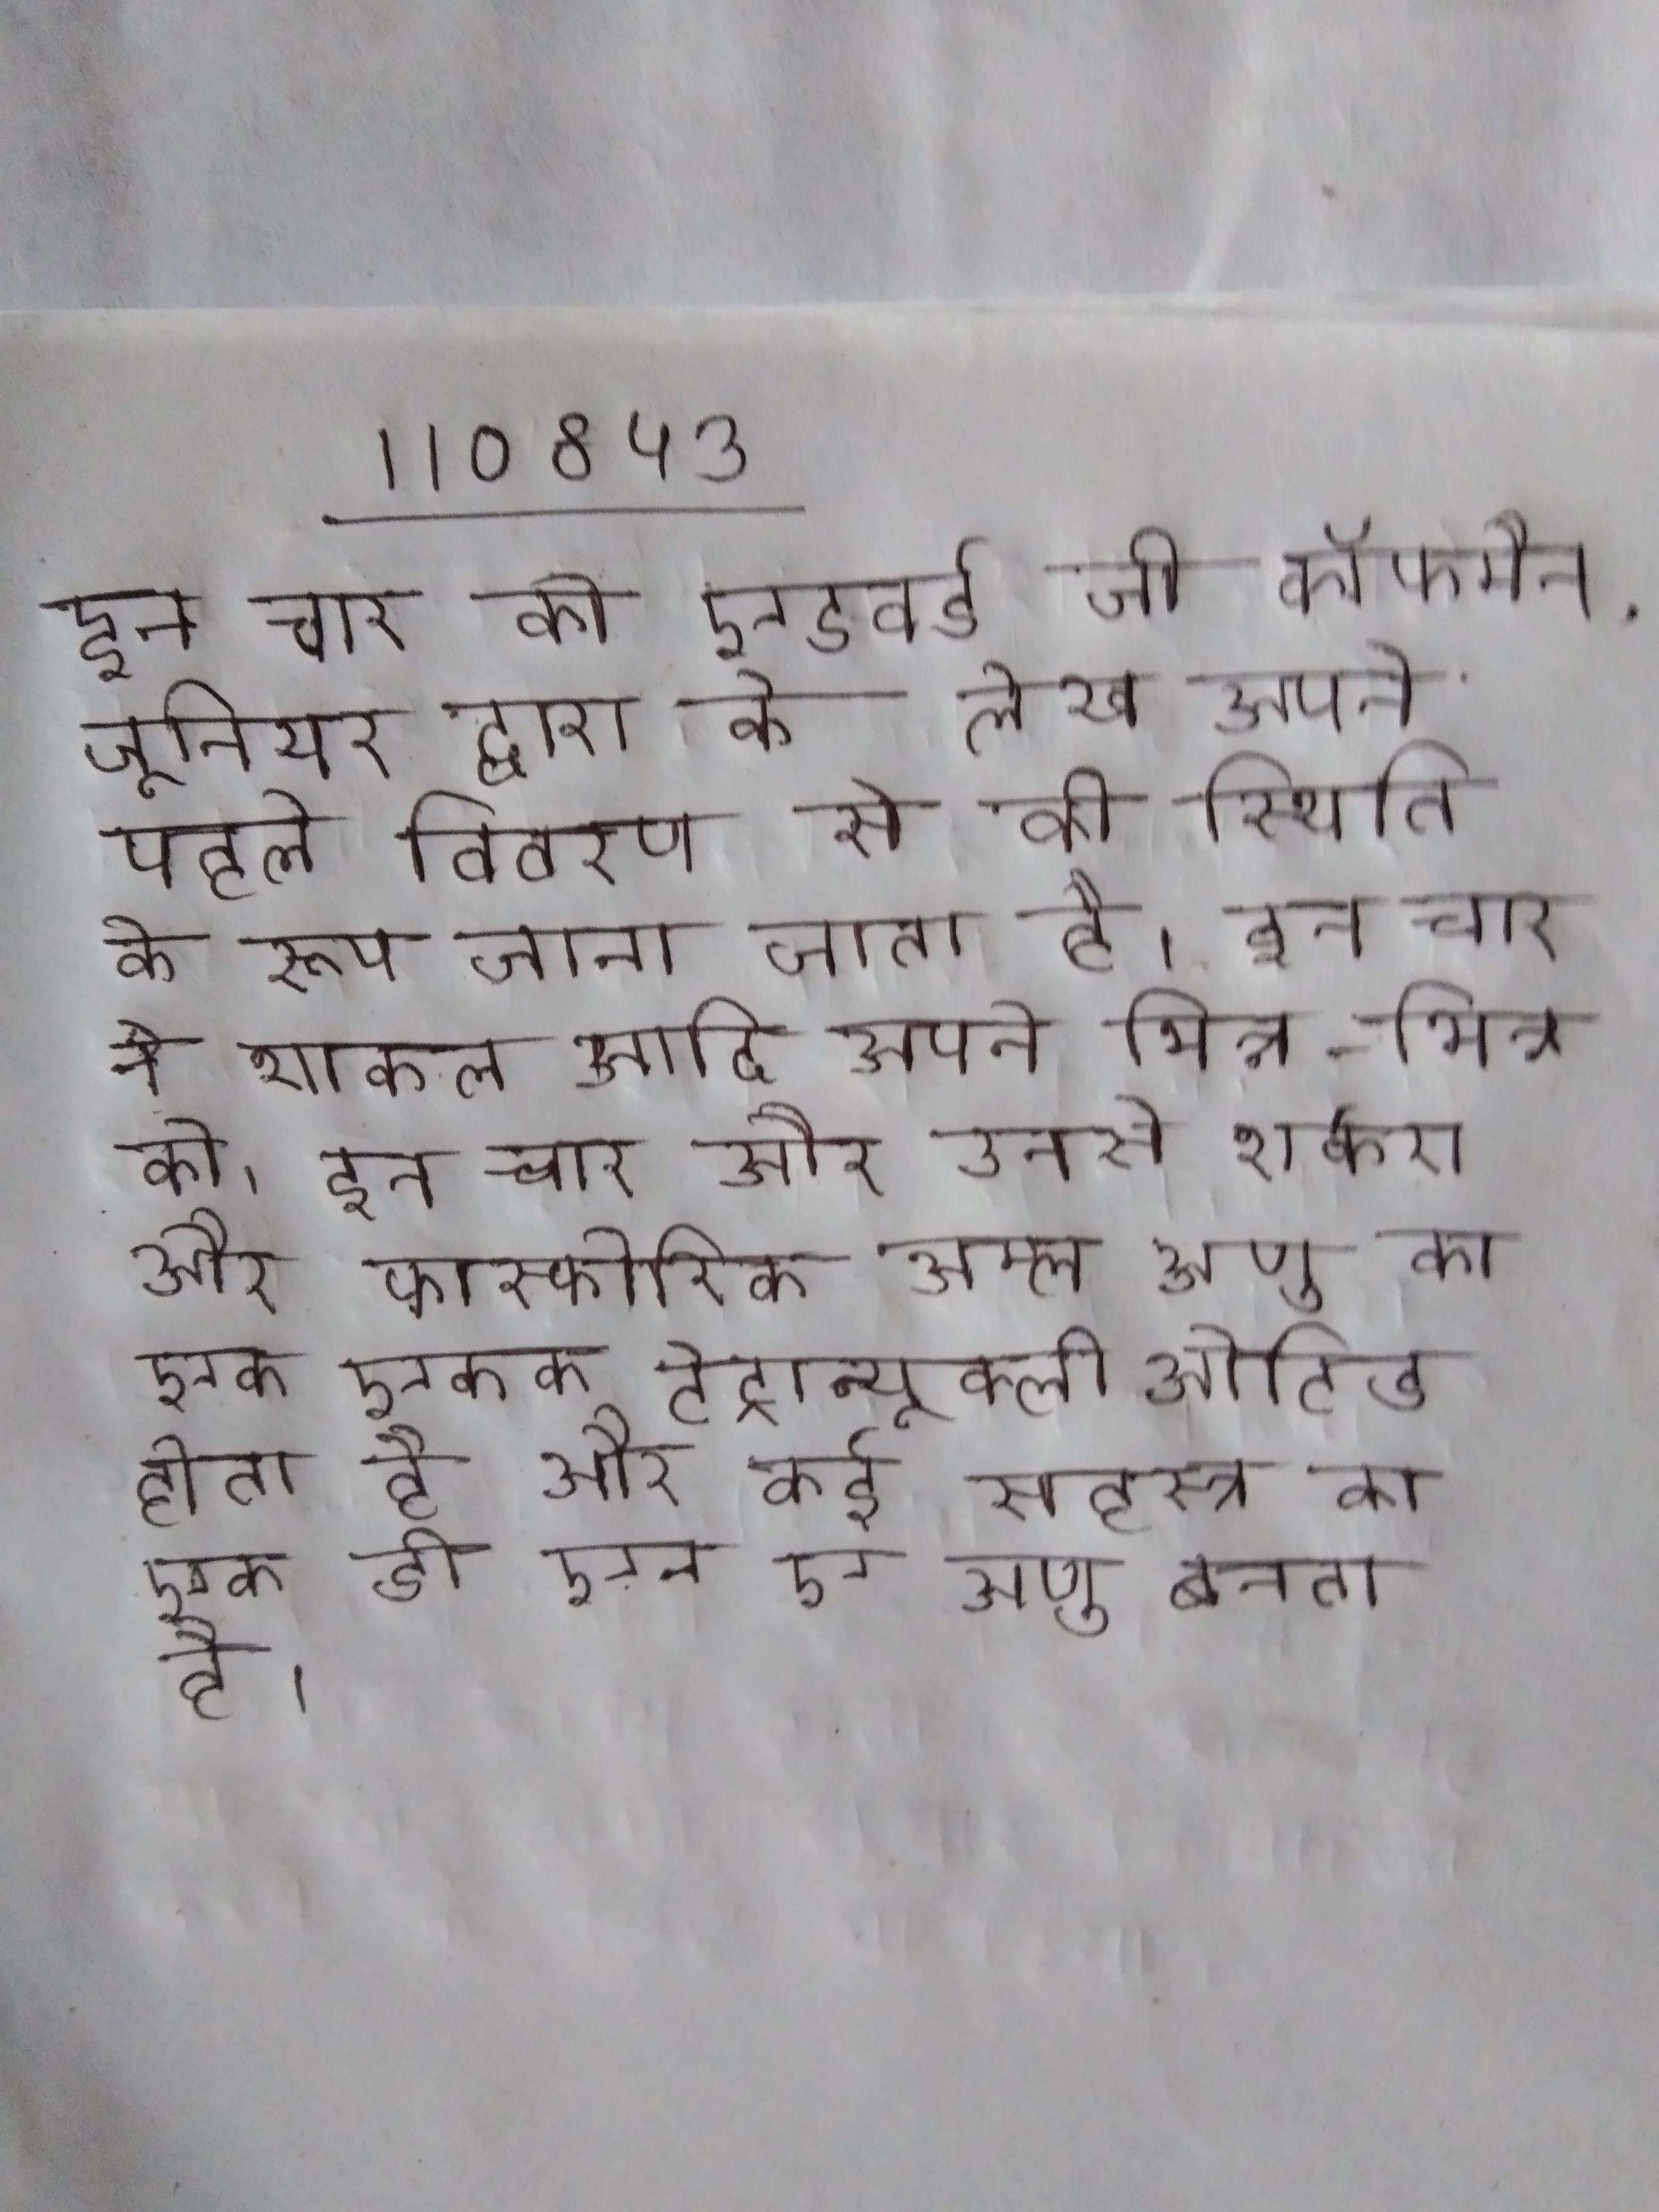
अगर एक टीम, टू-शॉट मामले पहला शॉट चूक जाती है, तो विरोधी टीम को के अधिकार को करने का प्रयास करने और खेल जारी रखने से पहले, दूसरे शॉट के पूर्ण होने का प्रतीक्षा करनी होगी . अगर एक डिवाइस डिजाइन कारण है, इन सकता है या तो, टीम नैतिकता की दृष्टि से किया जाना है कि डिजाइन प्रशिक्षण बाध्य होता है और यह या तो होगा सुधार किया जा करने के लिए या दिया ।